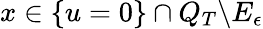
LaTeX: x\in\{ u=0\} \cap Q_{T}\backslash E_{\epsilon}